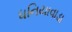
ધનિયાવાડા